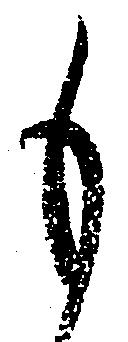
も